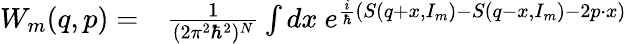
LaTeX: \begin{array}{rl}{W_{m}(q,p)=}&{{}\frac{1}{(2\pi^{2}\hbar^{2})^{N}}\int dx\ e^{\frac{i}{\hbar}\left(S(q+x,I_{m})-S(q-x,I_{m})-2p\cdot x\right)}}\end{array}